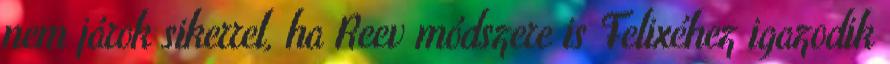
nem járok sikerrel, ha Reev módszere is Felixéhez igazodik